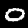
Digit: 0